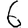
Digit: 6